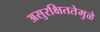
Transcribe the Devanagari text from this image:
असुरक्षिततेमुळे